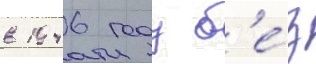
в 1946 году б'е́з